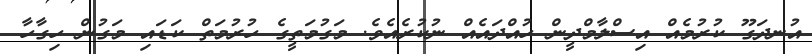
އުނދަގޫ ކުރުމެއް އިސްލާމްދީން ހުއްދައެއް ނުކުރެއެވެ. މަގުމަތީގެ ހުރުމަތް ކަޑައި މަގުން ހިގާހާ